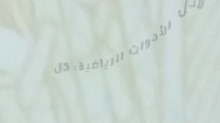
محل الأدوات الرياضية: كل